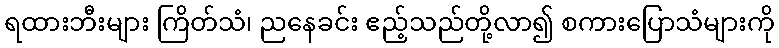
ရထားဘီးများ ကြိတ်သံ၊ ညနေခင်း ဧည့်သည်တို့လာ၍ စကားပြောသံများကို